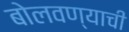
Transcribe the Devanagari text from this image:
बोलवण्याची